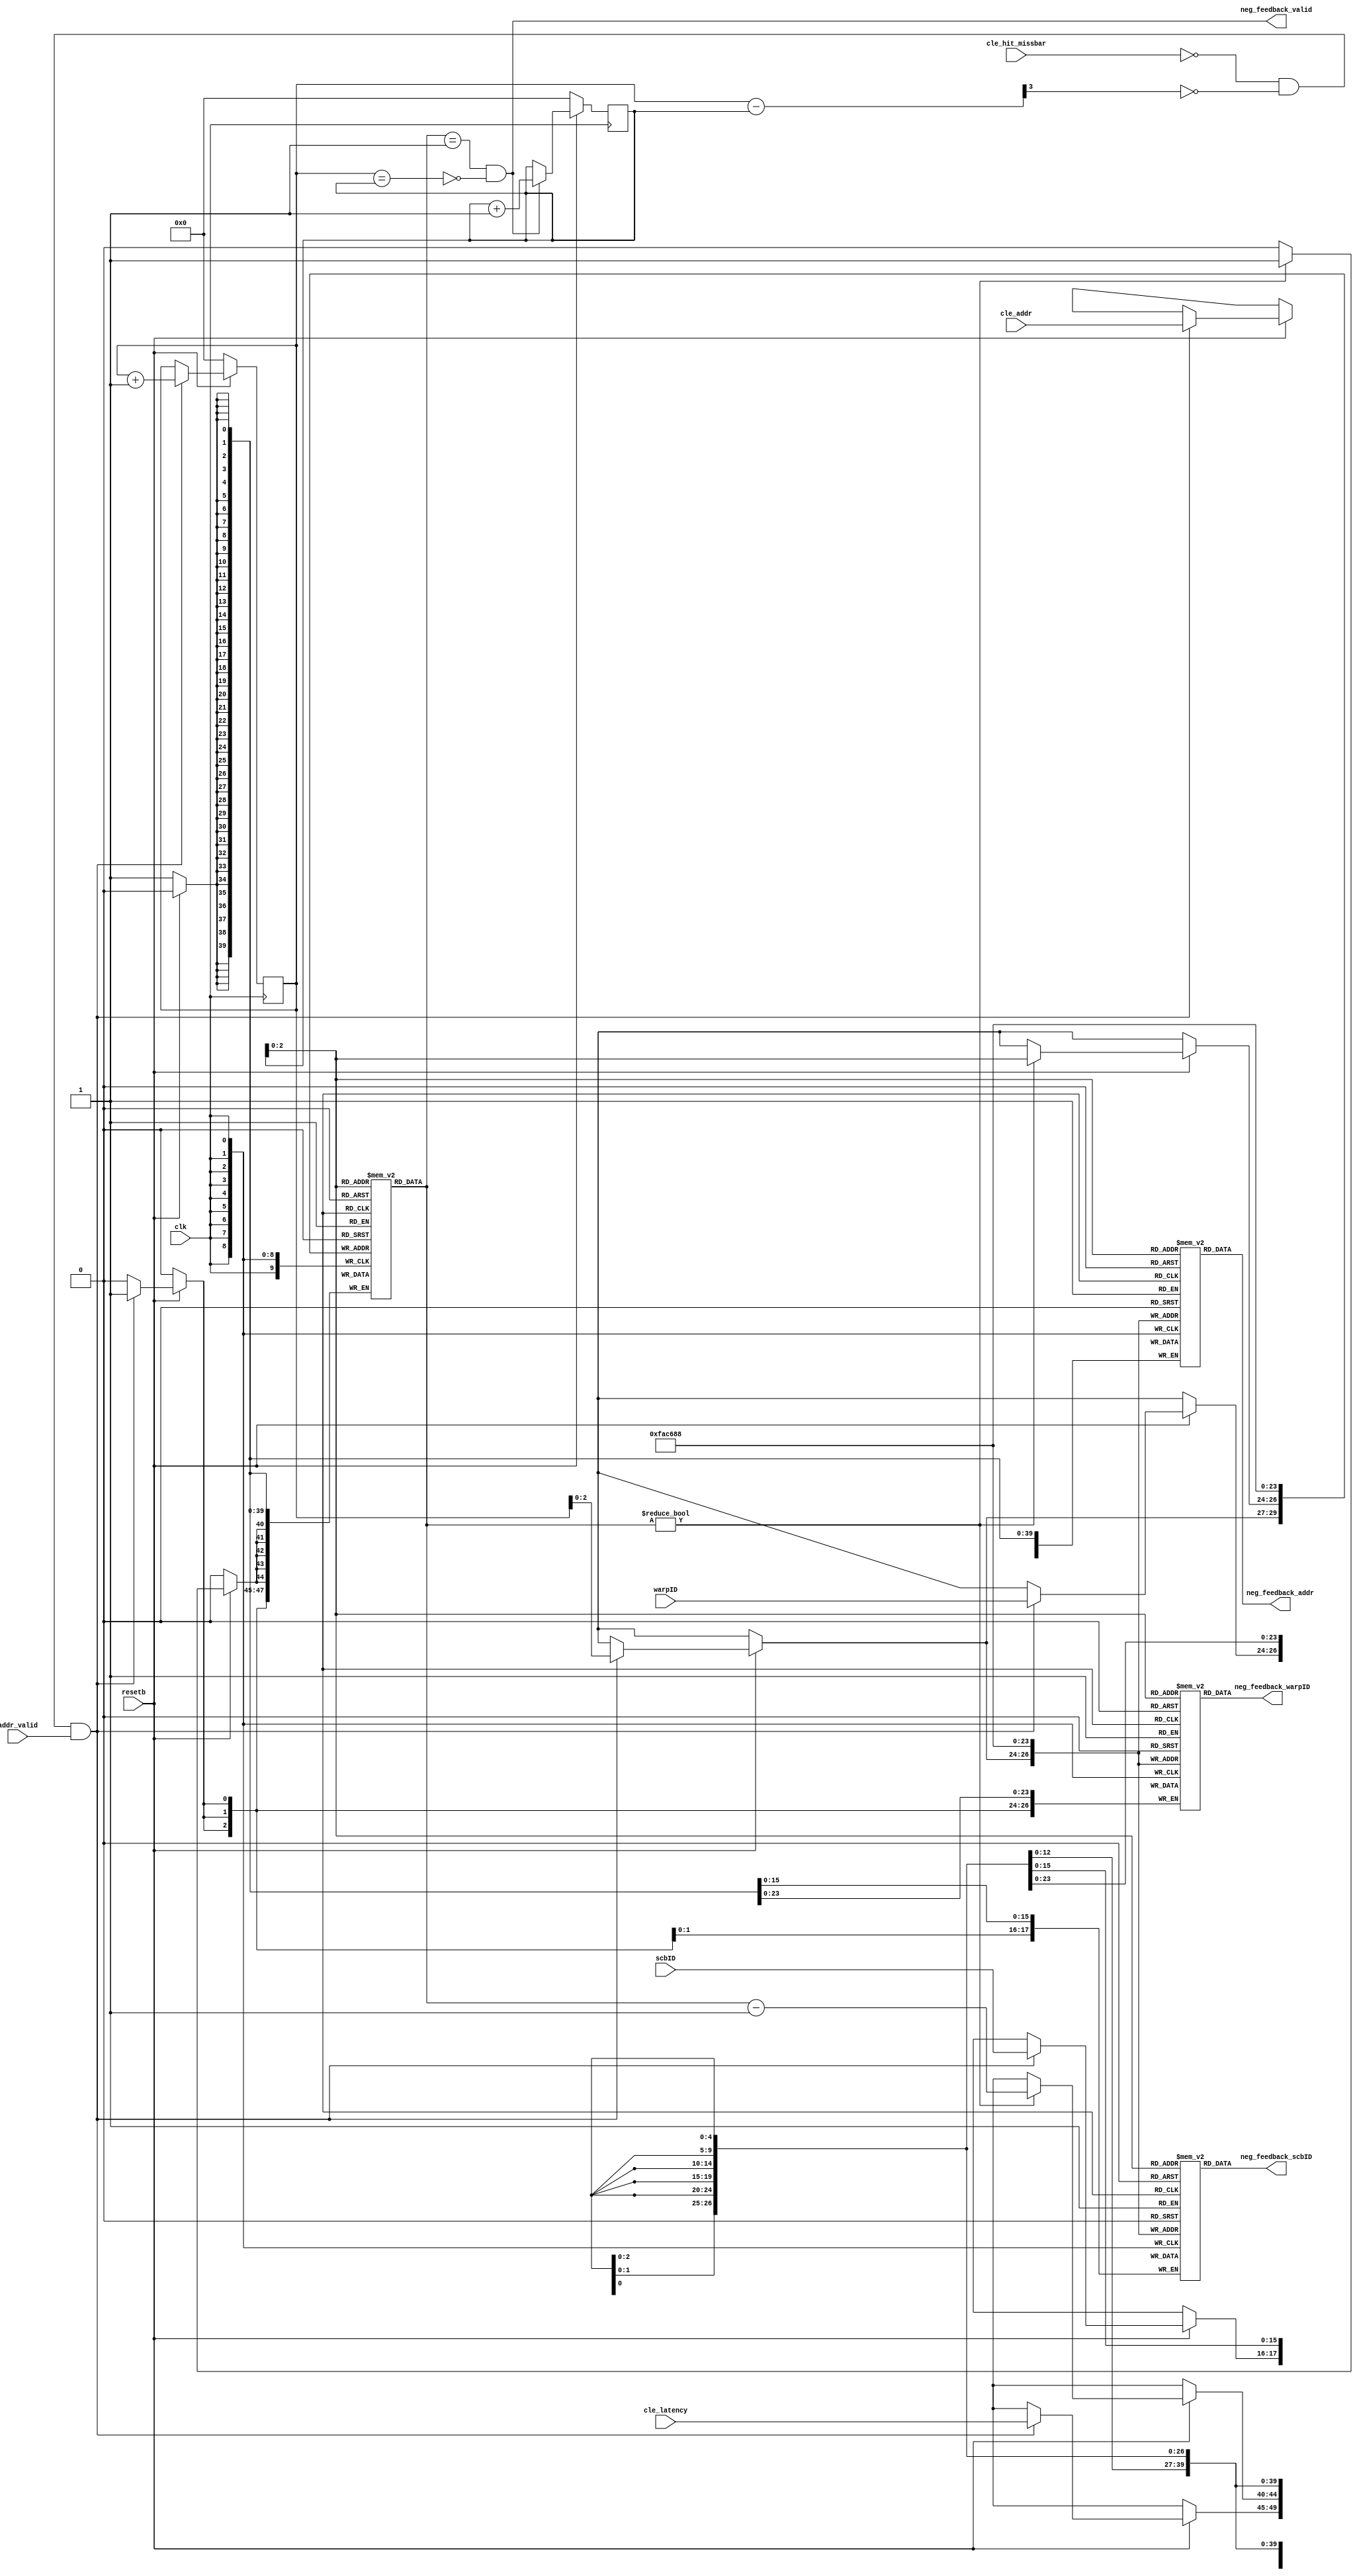
module mshr_fifo(clk, resetb, cle_hit_missbar, scbID, warpID, cle_addr, cle_latency, addr_valid, neg_feedback_scbID, neg_feedback_warpID, neg_feedback_addr, neg_feedback_valid);
	
	input clk, resetb, cle_hit_missbar, addr_valid;
	input [1:0] scbID;
	input [2:0] warpID;
	input [26:0] cle_addr;
	input [4:0] cle_latency;
	output [1:0] neg_feedback_scbID;
	output [2:0] neg_feedback_warpID;
	output [26:0] neg_feedback_addr;
	output neg_feedback_valid;
	
	reg [1:0] fifo_scbID [7:0];
	reg [2:0] fifo_warpID [7:0];
	reg [26:0] fifo_addr [7:0];
	reg [4:0] fifo_latency [7:0];
	
	reg [3:0] wp, rp;
	wire [2:0] wp_ind = wp[2:0];
	wire [2:0] rp_ind = rp[2:0];

	wire [3:0] depth;
	wire empty, full;
	
	initial
	begin
		wp = 0;
		rp = 0;
	end
	
	assign depth = wp - rp;
	assign empty = (wp == rp);
	assign full = depth[3];
	
	assign neg_feedback_addr	=	fifo_addr[rp_ind];
	assign neg_feedback_scbID	=	fifo_scbID[rp_ind];
	assign neg_feedback_warpID	=	fifo_warpID[rp_ind];
	
	assign neg_feedback_valid 	=	(fifo_latency[rp_ind]==5'b00001 && !empty);
	integer i;
	always@(posedge clk)
	begin
		if(!resetb)
		begin
			rp <= 0;
			wp <= 0;
			for(i = 0; i < 8; i = i + 1) begin: fifo_reset
				fifo_scbID[i] <= {2{1'bx}};
				fifo_warpID[i] <= {3{1'bx}};
				fifo_addr[i] <= {27{1'bx}};
				fifo_latency[i] <= {5{1'bx}};
			end
		end
		else
		begin
			if(neg_feedback_valid)
				rp <= rp + 1;
			if(fifo_latency[rp_ind])
				fifo_latency[rp_ind] <= fifo_latency[rp_ind] - 1;
				
				
			if(!cle_hit_missbar && !full && addr_valid)
			begin
				fifo_scbID[wp_ind]		<= 	scbID;
				fifo_warpID[wp_ind]		<=	warpID;
				fifo_addr[wp_ind]		<= 	cle_addr;
				fifo_latency[wp_ind]	<=	cle_latency;
				
				wp <= wp + 1;
			end
		end
	end

endmodule